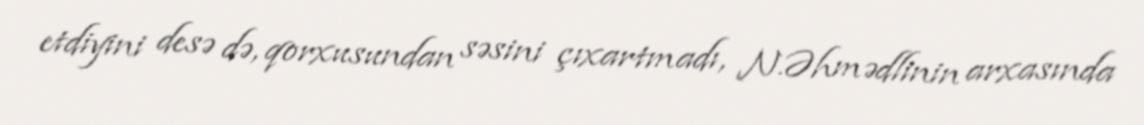
etdiyini desə də, qorxusundan səsini çıxartmadı, N.Əhmədlinin arxasında